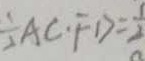
\frac { 1 } { 2 } A C \cdot F D = \frac { 1 } { 2 }